Indian journal of veterinary science and animal husbandry - Volumes 24-25, 1954-1955
Year: 1954
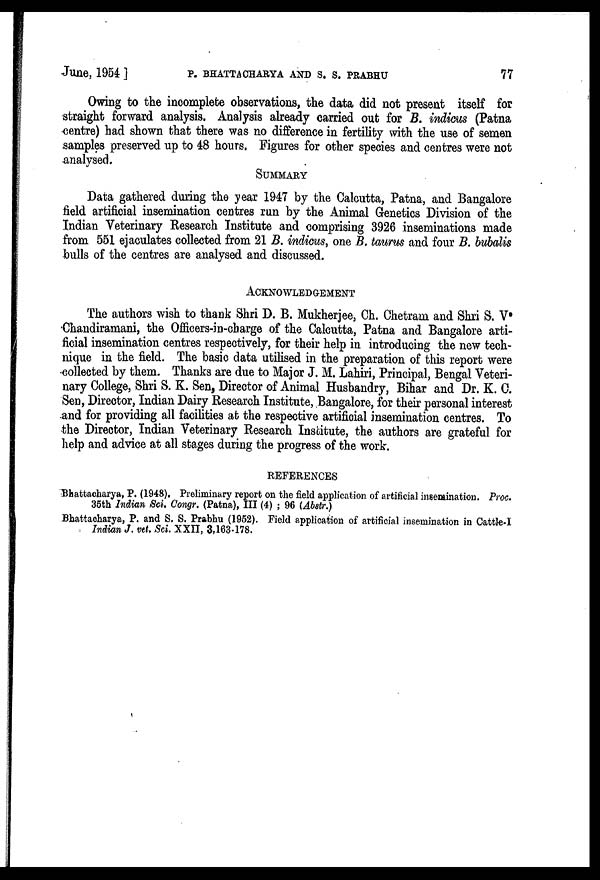
June, 1954 .] P. BHATTACHARYA AND S. S. PRABHU 77
Owing to the incomplete observations, the data did not present itself for
straight forward analysis. Analysis already carried out for B. indicus (Patna
centre) had shown that there was no difference in fertility with the use of semen
samples preserved up to 48 hours. Figures for other species and centres were not
analysed.
SUMMARY
Data gathered during the year 1947 by the Calcutta, Patna, and Bangalore
field artificial insemination centres run by the Animal Genetics Division of the
Indian Veterinary Research Institute and comprising 3926 inseminations made
from 551 ejaculates collected from 21 B. indicus, one B. taurus and four B. bubalis
bulls of the centres are analysed and discussed.
ACKNOWLEDGEMENT
The authors wish to thank Shri D. B. Mukherjee, Ch. Chetram and Shri S. V
Chandiramani, the Officers-in-charge of the Calcutta, Patna and Bangalore arti-
ficial insemination centres respectively, for their help in introducing the new tech-
nique in the field. The basic data utilised in the preparation of this report were
collected by them. Thanks are due to Major J. M. Lahiri, Principal, Bengal Veteri-
nary College, Shri S. K. Sen, Director of Animal Husbandry, Bihar and Dr. K. C.
Sen, Director, Indian Dairy Research Institute, Bangalore, for their personal interest
and for providing all facilities at the respective artificial insemination centres. To
the Director, Indian Veterinary Research Institute, the authors are grateful for
help and advice at all stages during the progress of the work.
REFERENCES
Bhattaoharya, P. (1948). Preliminary report on the field application of artificial insemination. Proc.
35th Indian Sci. Congr. (Patna), III (4) ; 96 (Abstr.)
Bhattacharya, P. and S. S. Prabhu (1952). Field application of artificial insemination in Cattle-I
Indian J. vet. Sci. XXII, 3,163.178.